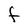
Character: F